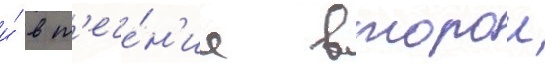
и́ в т'ече́н'ие второи